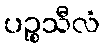
ပဉ္စသီလံ